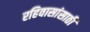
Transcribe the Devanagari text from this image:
रहिवासांसाठी